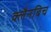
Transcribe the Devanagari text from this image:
क्लैनबिच